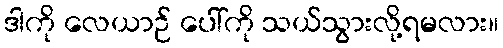
ဒါကို လေယာဉ် ပေါ်ကို သယ်သွားလို့ရမလား။